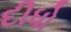
દીધો